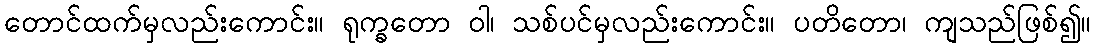
တောင်ထက်မှလည်းကောင်း။ ရုက္ခတော ဝါ၊ သစ်ပင်မှလည်းကောင်း။ ပတိတော၊ ကျသည်ဖြစ်၍။